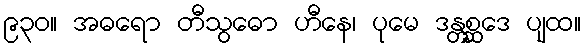
၉၃၀။ အဓရော တီသွဓော ဟီနေ၊ ပုမေ ဒန္တစ္ဆဒေ ပျထ။